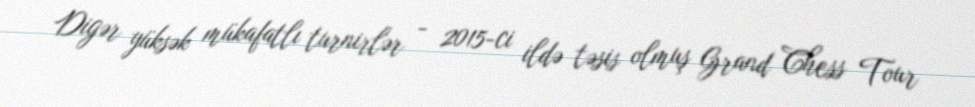
Digər yüksək mükafatlı turnirlər - 2015-ci ildə təsis olmuş Grand Chess Tour